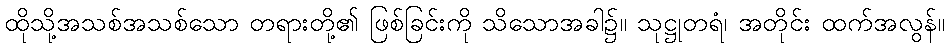
ထိုသို့အသစ်အသစ်သော တရားတို့၏ ဖြစ်ခြင်းကို သိသောအခါ၌။ သုဋ္ဌုတရံ၊ အတိုင်း ထက်အလွန်။